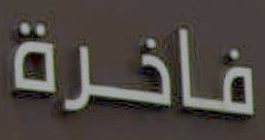
فاخرة